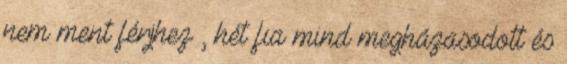
nem ment férjhez , hét fia mind megházasodott és